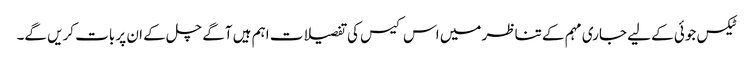
ٹیکس جوئی کے لیے جاری مہم کے تناظر میں اس کیس کی تفصیلات اہم ہیں آگے چل کے ان پر بات کریں گے۔